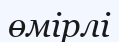
өмірлі